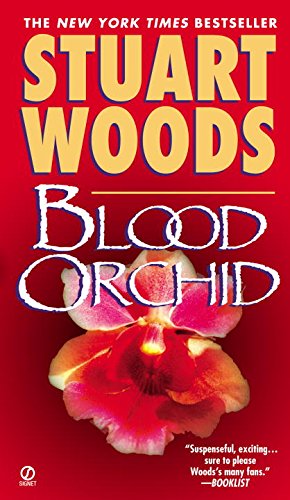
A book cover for Blood Orchid (Holly Barker); Stuart Woods; Literature & Fiction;